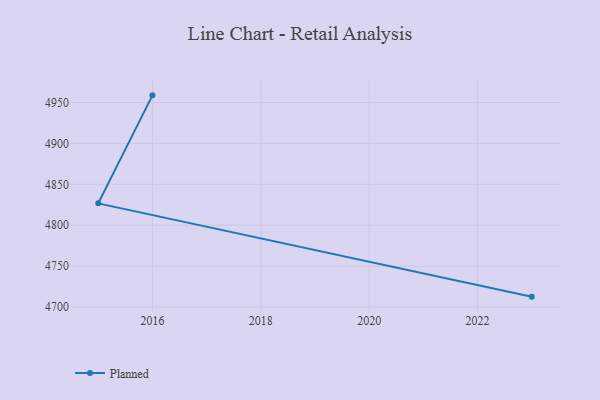
{"axis": {"x": "Year", "y": "Market Share (%)"}, "legend": ["Planned"], "data": [{"x": "2023", "y": 4712.6, "type": "Planned"}, {"x": "2015", "y": 4826.7, "type": "Planned"}, {"x": "2016", "y": 4958.8, "type": "Planned"}]}